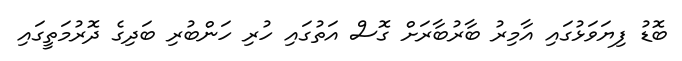
ބޮޑު ފިޔަވަޅުގައި އާމިރު ބާރުބާރަށް ގޮސް އަތުގައި ހުރި ހަންބުރި ބަދިގެ ދޮރުމަތީގައި